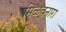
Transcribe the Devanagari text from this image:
मिळवनारा